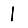
Digit: 1